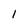
Character: l